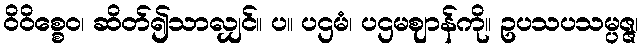
ဝိဝိစ္စေဝ၊ ဆိတ်၍သာလျှင်။ ပ။ ပဌမံ၊ ပဌမဈာန်ကို။ ဥပသပသမ္ပဇ္ဇ၊